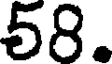
58.